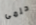
حلمى